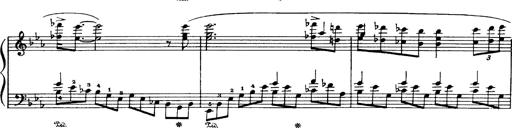
Title: Danza sacra e duetto finale dâ€™Aida
Composer: Franz Liszt